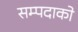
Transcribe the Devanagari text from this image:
सम्पदाको